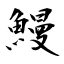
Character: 鰻